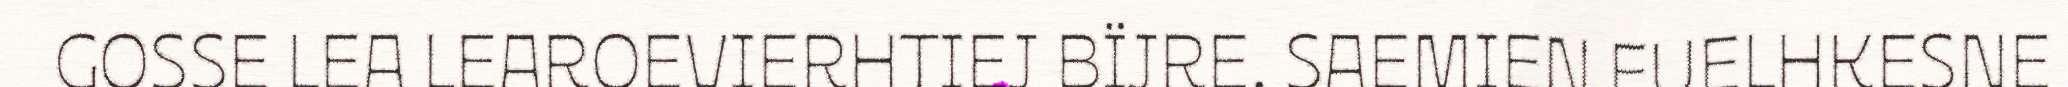
GOSSE LEA LEAROEVIERHTIEJ BÏJRE. SAEMIEN FUELHKESNE